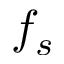
f _ { s }